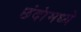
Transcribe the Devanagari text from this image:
छंदांमध्ये